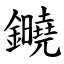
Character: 䥵